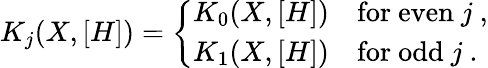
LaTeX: K_{j}(X,[H])=\left\{ \begin{array}{rl}{{K_{0}(X,[H])}}&{{\mathrm{for~even~}j\ ,}}\\ {{K_{1}(X,[H])}}&{{\mathrm{for~odd~}j\ .}}\end{array}\right.